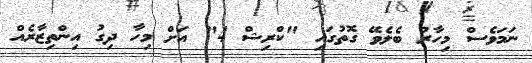
ނަމަވެސް މިހާރު ބެލެވޭ ގޮތުގައި "ކްރިޝް 4" އަށް މިހާ ދިގު އިންތިޒާރެއް